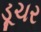
ડૂચર